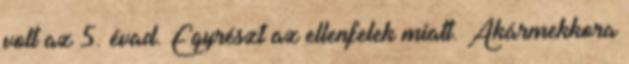
volt az 5. évad. Egyrészt az ellenfelek miatt. Akármekkora